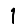
Digit: 1